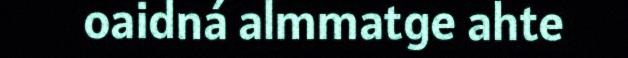
oaidná almmatge ahte